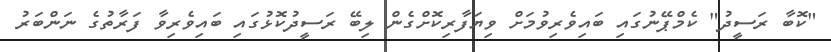
"ކޮބާ ރަސީދު" ކެމްޕޭނުގައި ބައިވެރިވުމަށް ވިޔަފާރިކޮށްގެން ލިބޭ ރަސީދުކޮޅުގައި ބައިވެރިވާ ފަރާތުގެ ނަންބަރު